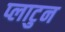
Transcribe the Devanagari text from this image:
प्लाटुन